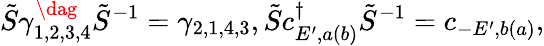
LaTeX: \tilde{S}\gamma_{1,2,3,4}^{\dag}\tilde{S}^{-1}=\gamma_{2,1,4,3},\tilde{S}c_{E^{\prime},a(b)}^{\dagger}\tilde{S}^{-1}=c_{-E^{\prime},b(a)},